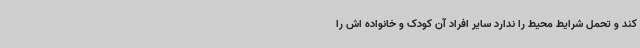
کند و تحمل شرایط محیط را ندارد سایر افراد آن کودک و خانواده اش را